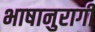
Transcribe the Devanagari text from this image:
भाषानुरागी